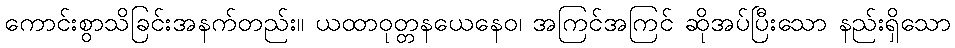
ကောင်းစွာသိခြင်းအနက်တည်း။ ယထာဝုတ္တနယေနေဝ၊ အကြင်အကြင် ဆိုအပ်ပြီးသော နည်းရှိသော